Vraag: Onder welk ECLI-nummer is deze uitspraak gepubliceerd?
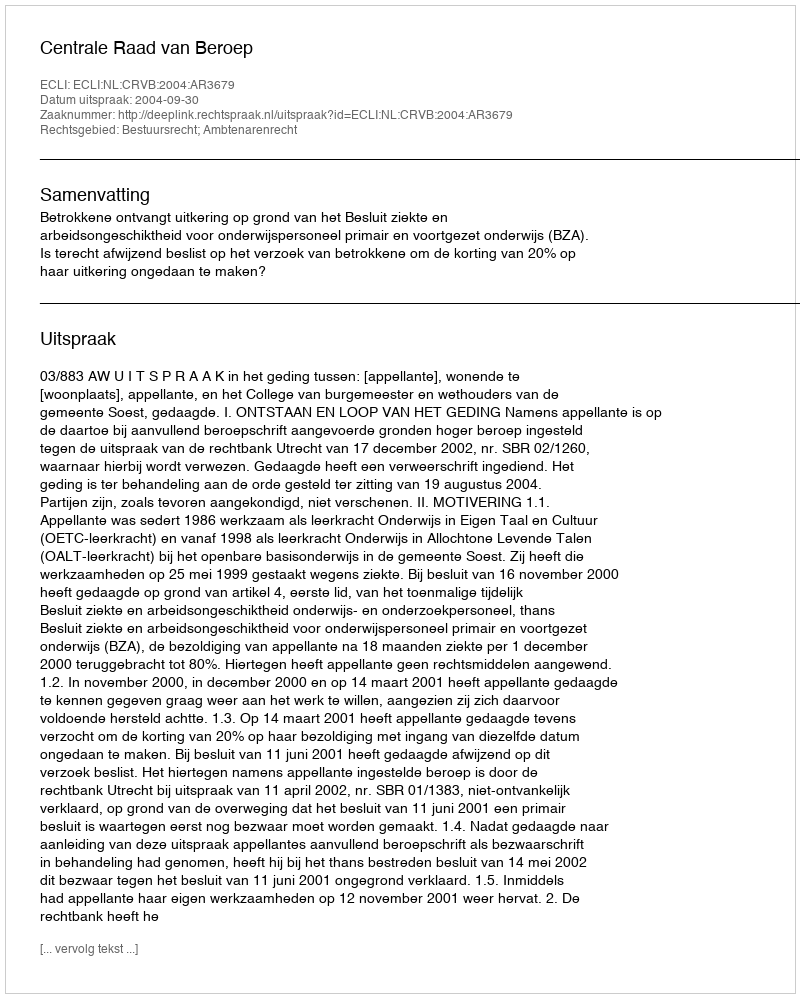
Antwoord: ECLI:NL:CRVB:2004:AR3679